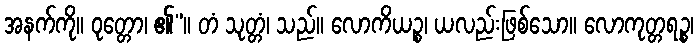
အနက်ကို။ ဝုတ္တော၊ ၏”။ တံ သုတ္တံ၊ သည်။ လောကိယဉ္စ၊ ယလည်းဖြစ်သော။ လောကုတ္တရဉ္စ၊